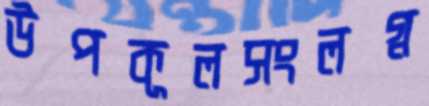
উপকূলসংলগ্ন